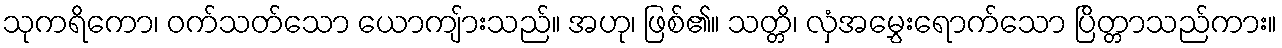
သုကရိကော၊ ဝက်သတ်သော ယောကျ်ားသည်။ အဟု၊ ဖြစ်၏။ သတ္တိ၊ လှံအမွှေးရောက်သော ပြိတ္တာသည်ကား။